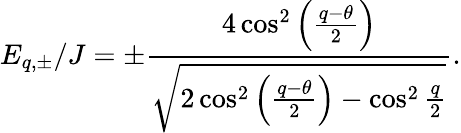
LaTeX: E_{q,\pm}/J=\pm\frac{4\cos^{2}\left(\frac{q-\theta}{2}\right)}{\sqrt{2\cos^{2}\left(\frac{q-\theta}{2}\right)-\cos^{2}\frac{q}{2}}}.